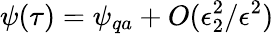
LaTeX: \psi(\tau)=\psi_{qa}+O(\epsilon_{2}^{2}/\epsilon^{2})